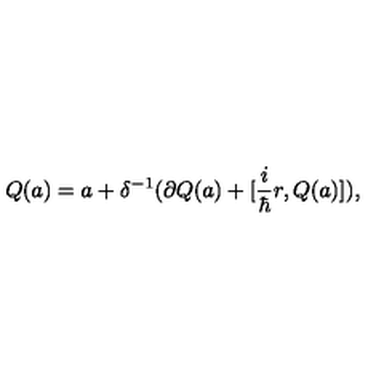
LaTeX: Q ( a ) = a + \delta ^ { - 1 } ( \partial Q ( a ) + [ \frac { i } { \hbar } r , Q ( a ) ] ) ,